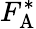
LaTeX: F_{\mathrm{A}}^{*}